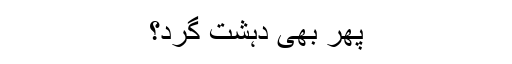
پھر بھی دہشت گرد؟